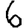
Digit: 6